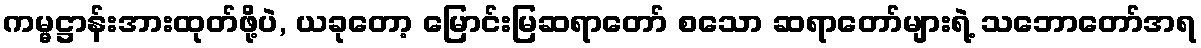
ကမ္မဋ္ဌာန်းအားထုတ်ဖို့ပဲ, ယခုတော့ မြောင်းမြဆရာတော် စသော ဆရာတော်များရဲ့ သဘောတော်အရ